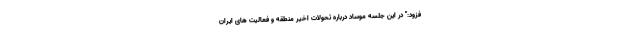
فزود:" در این جلسه موساد درباره تحولات اخیر منطقه و فعالیت های ایران